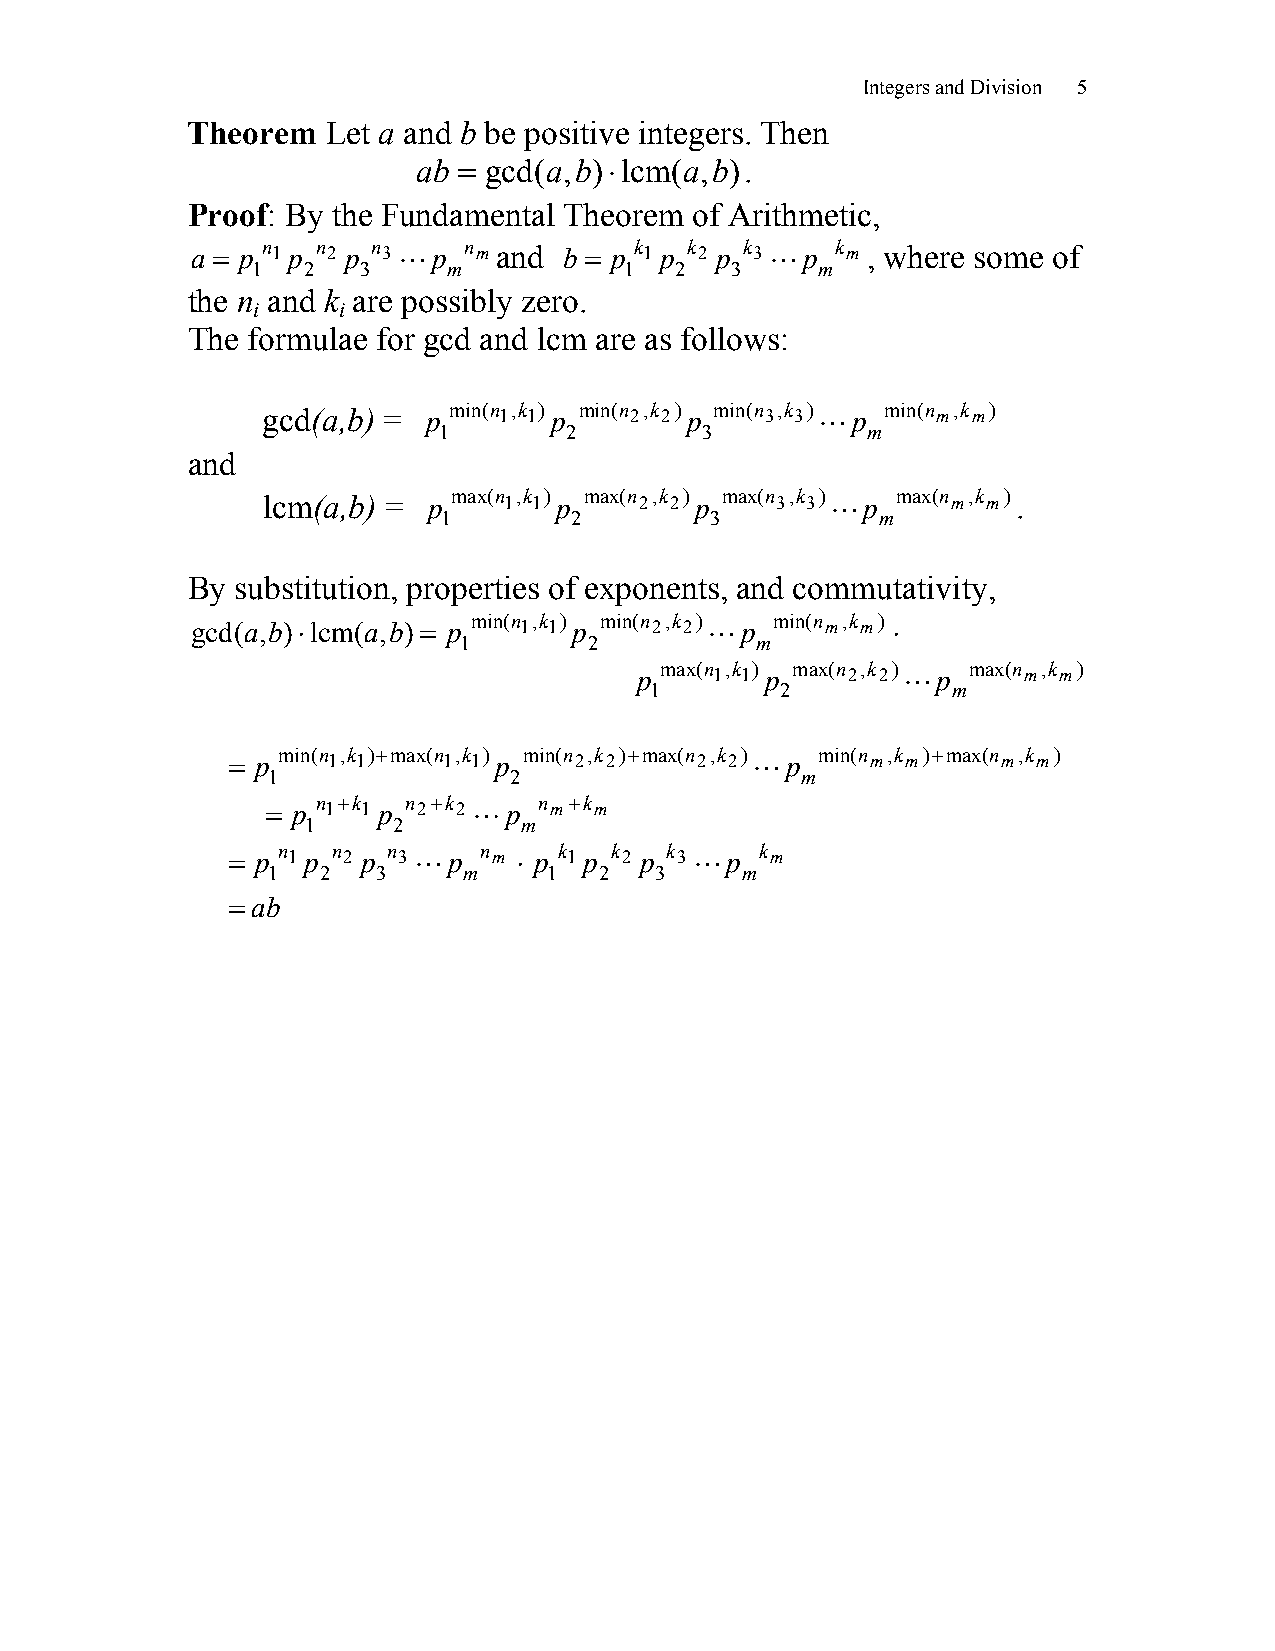
Integers and Division 5
 Theorem   Let a and b be positive integers. Then
 =         ⋅
 ab  gcd(a,b) lcm(a,b).
 Proof: By the Fundamental Theorem of Arithmetic,
 a = p n 1 p n 2 p n 3 L p n m and b = p k 1 p k 2 p k 3 L p k m , where some of
 1  2   3     m          1   2  3     m
 the n and k are possibly zero.
 i    i
 The formulae for gcd and lcm are as follows:
 gcd(a,b) = p min(n 1,k 1) p min(n 2,k 2) p min(n 3,k 3)L p min(n m,k m)
 1       2        3          m
 and
 lcm(a,b) = p max(n 1,k 1) p max(n 2,k 2) p max(n 3,k 3)L p max(n m,k m).
 1        2        3          m
 By  substitution, properties of exponents, and commutativity,
 gcd(a,b)⋅lcm(a,b) = p min(n 1,k 1) p min(n 2,k 2)L p min(n m,k m) ⋅
 1        2          m
 p
 max(n 1,k 1)
 p
 max(n 2,k 2)L
 p
 max(n m,k m)
 1        2          m
 = p min(n 1,k 1)+max(n 1,k 1) p min(n 2,k 2)+max(n 2,k 2)L p min(n m,k m)+max(n m,k m)
 1               2                  m
 = p n 1+k 1 p n 2+k 2 Lp n m+k m
 1     2        m
 = p n 1 p n 2 p n 3 L p n m ⋅ p k 1 p k 2 p k 3 L p k m
 1  2   3     m    1   2  3     m
 = ab
 ƒ